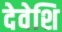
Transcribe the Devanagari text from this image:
देवेशि